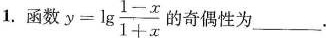
1.函数 $$y=lg \frac{1-x}{1+x}$$ 的奇偶性为___。